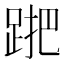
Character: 𨁩